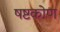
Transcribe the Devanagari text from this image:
षष्टकोण